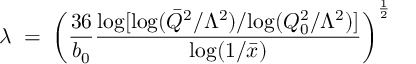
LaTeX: \lambda \; = \; \left( \frac { 3 6 } { b _ { 0 } } \frac { \mathrm { l o g } [ \mathrm { l o g } ( \bar { Q } ^ { 2 } / \Lambda ^ { 2 } ) / \mathrm { l o g } ( Q _ { 0 } ^ { 2 } / \Lambda ^ { 2 } ) ] } { \mathrm { l o g } ( 1 / \bar { x } ) } \right) ^ { \frac { 1 } { 2 } }